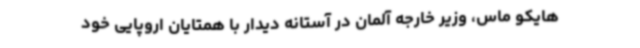
هایکو ماس، وزیر خارجه آلمان در آستانه دیدار با همتایان اروپایی خود